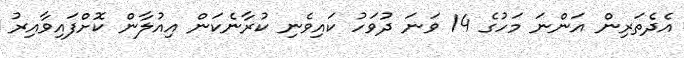
އެދެތަރިން އަންނަ މަހުގެ 14 ވަނަ ދުވަހު ކައިވެނި ކުރާނެކަން އިއުލާން ކޮށްފައިވާއިރު